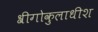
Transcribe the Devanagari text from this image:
श्रीगोकुलाधीश